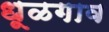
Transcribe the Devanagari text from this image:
धूळगाव